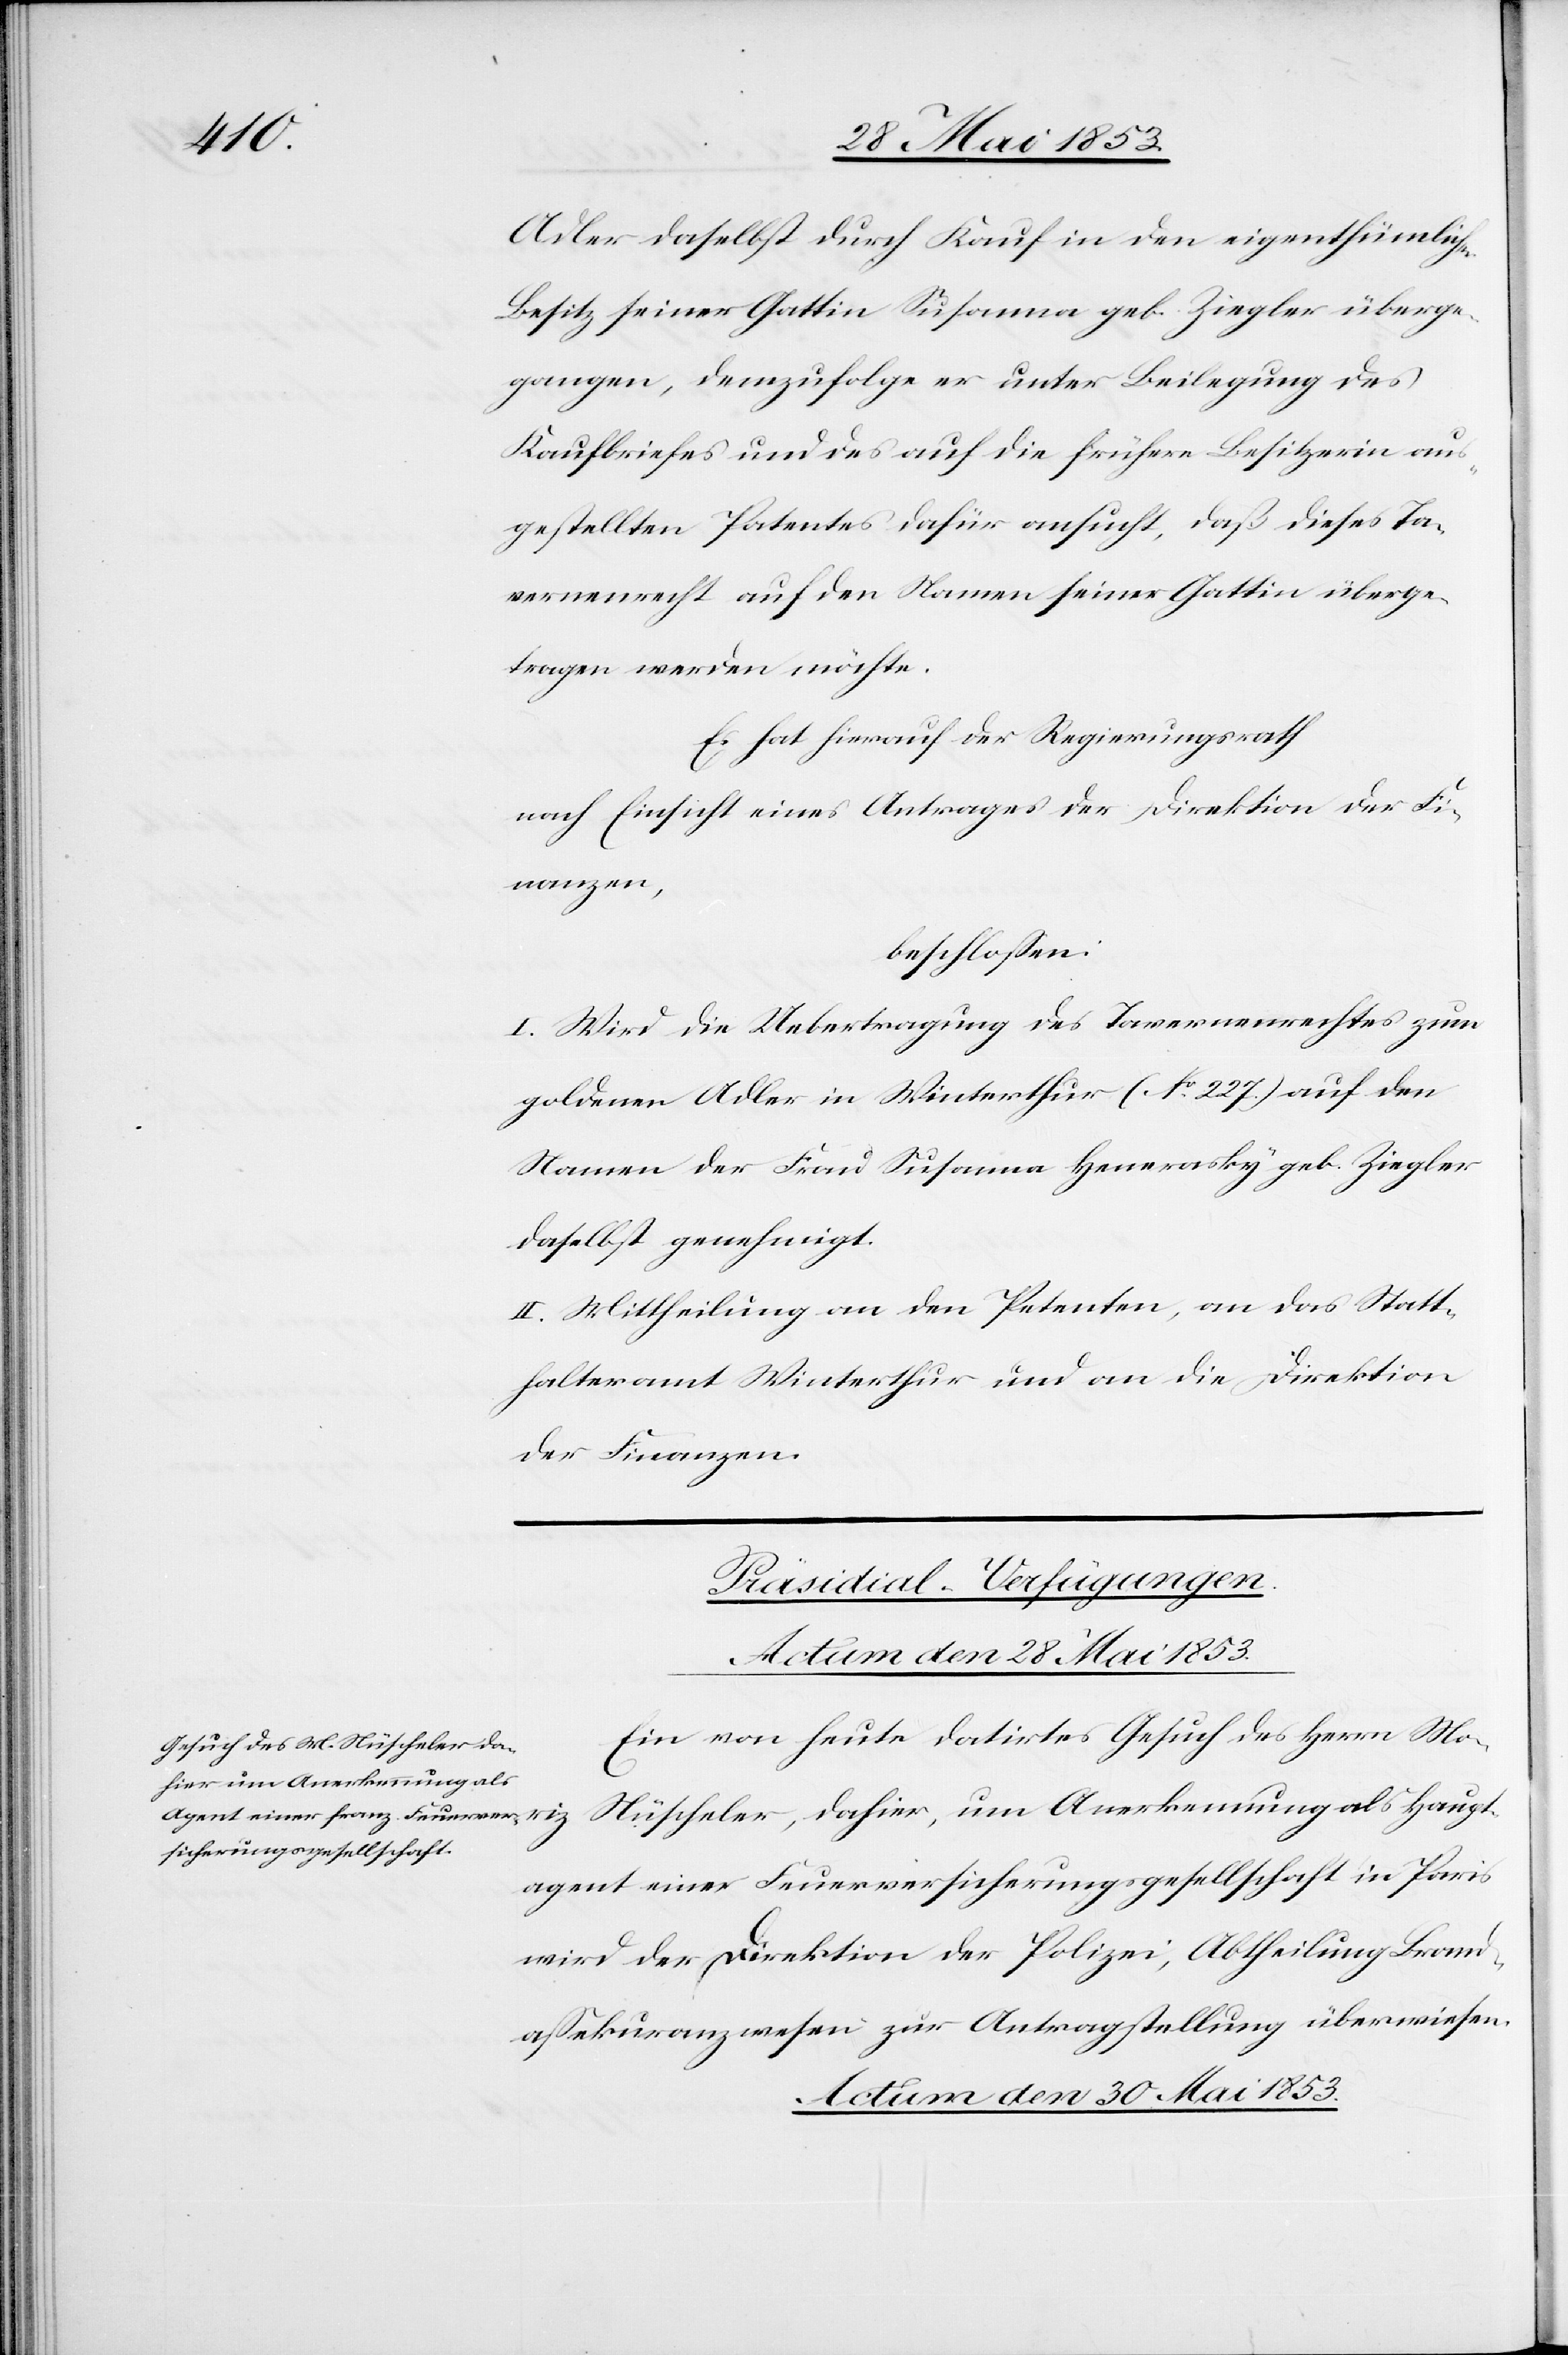
riz

Adler daselbst durch Kauf in den eigenthümlichen
Besitz seiner Gattin Susanna geb. Ziegler überge¬
gangen, demzufolge er unter Beilegung des
Kaufbriefes und des auf die frühere Besitzerin aus¬
gestellten Patentes dafür ansucht, daß dieses Ta¬
vernenrecht auf den Namen seiner Gattin über¬
tragen werden möchte.
Es hat hierauf der Regierungsrath
nach Einsicht eines Antrages der Direktion der Fi¬
nanzen,
beschloßen:
I. Wird der Uebertragung des Tavernenrechtes zum
goldenen Adler in Winterthur (N°. 227) auf den
Namen der Frau Susanna Henerasky geb. Ziegler
daselbst genehmigt.
II. Mittheilung an den Petenten, an das Statt¬
halteramt Winterthur und an die Direktion
der Finanzen.
[Präsidial-Verfügungen.]
Actum den 30 Mai 1853
Ein von heute datirtes Gesuch des Hern Mo¬
Nüscheler, dahier, um Anerkennung als Haupt¬
agent einer Feuerversicherungsgesellschaft in Paris
wird der Direktion der Polizei, Abtheilung Brand¬
aßekuranzwesen zur Antragstellung überwiesen.